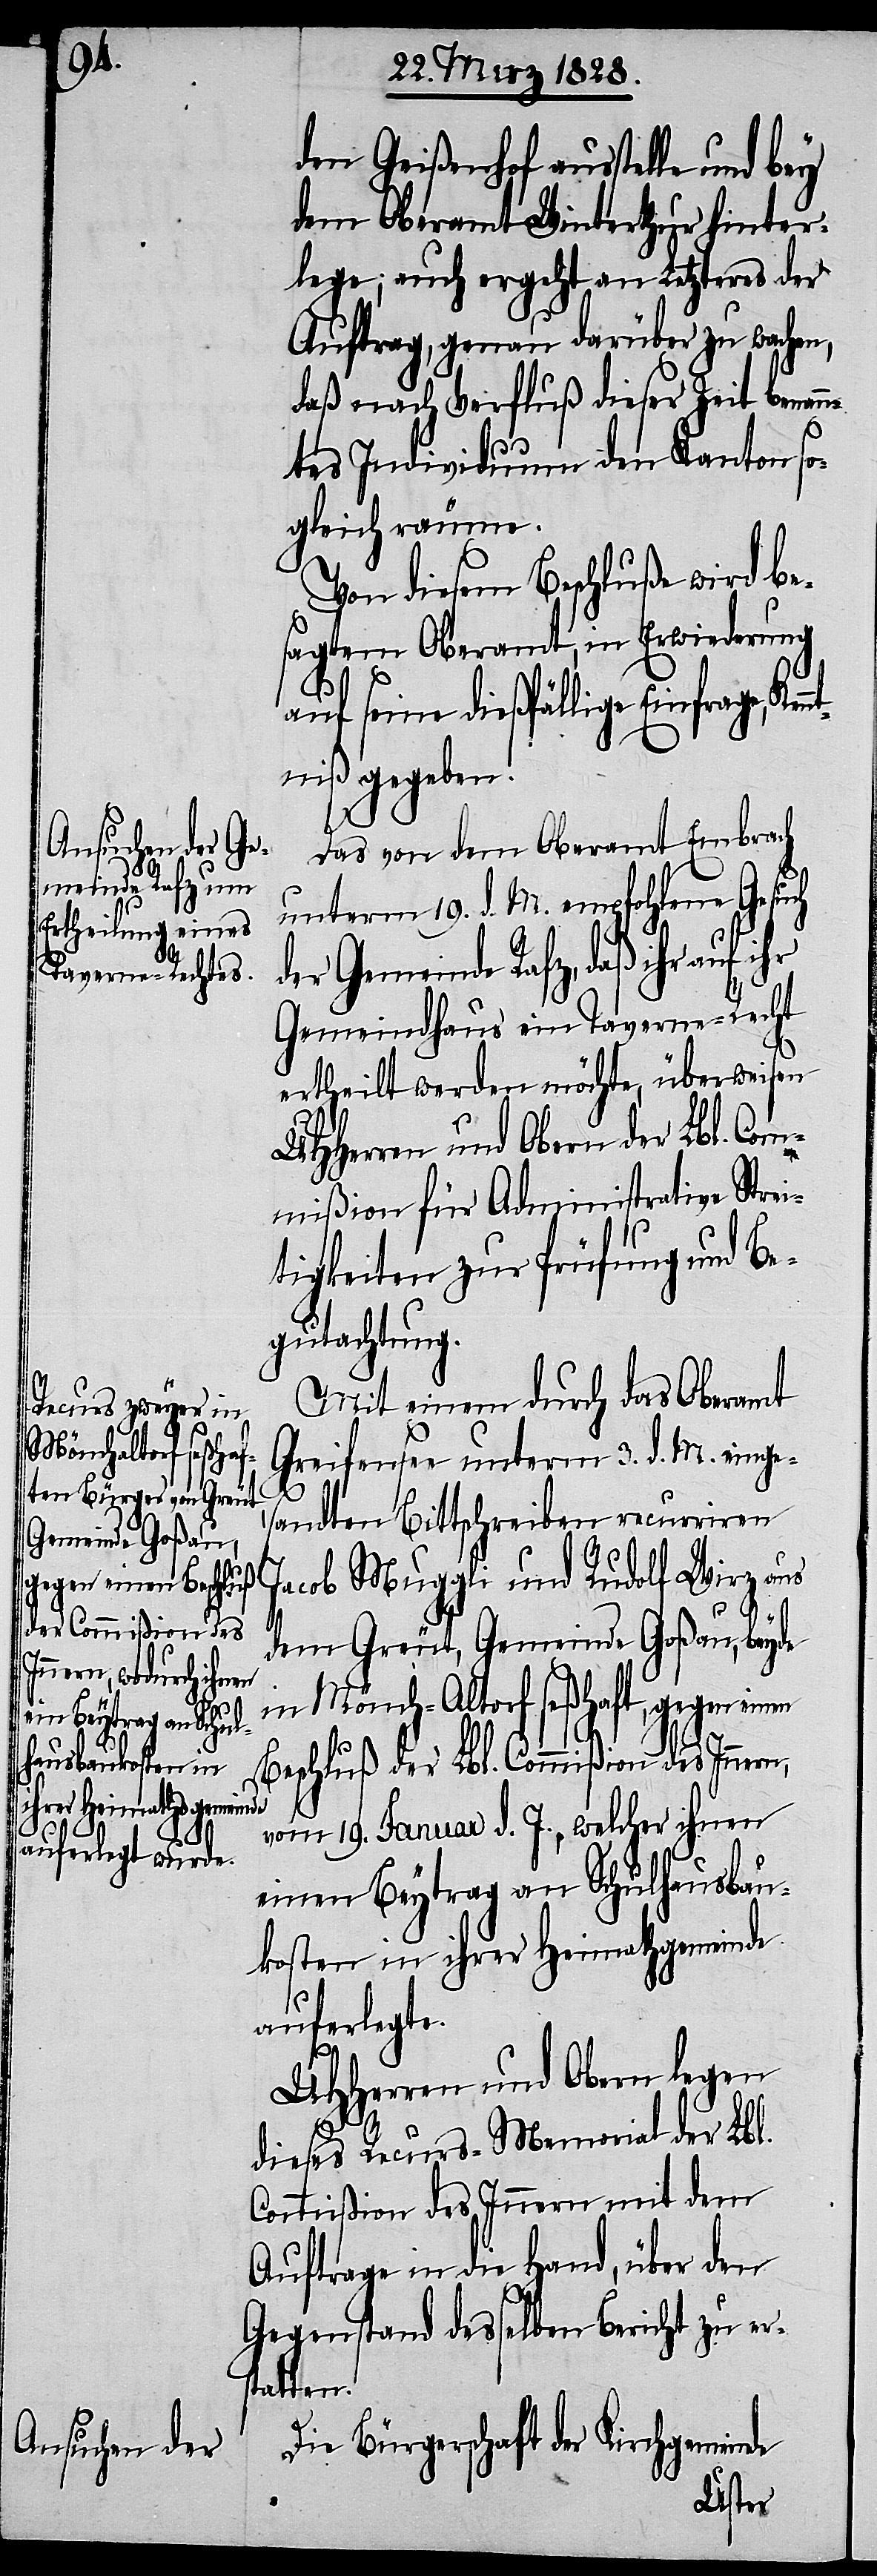
nnt¬
den Geißenhof ausstelle und bey
dem Oberamt Winterthur hinter¬
lege; auch ergeht an Letzteres der
Auftrag, genau darüber zu wachen,
daß nach Verfluß dieser Zeit benann¬
tes Individuum den Kanton so¬
gleich räume.
Von diesem Beschluße wird be¬
sagtem Oberamt, in Erwiederung
auf seine dießfällige Einfrage, Ke¬
niß gegeben.
Das von dem Oberamt Embrach
unterm 19. d. M. empfohlene Gesuch
der Gemeinde Rafz, daß ihr
Gemeindhaus ein Taverne-Recht
ertheilt werden möchte, überweisen
UHHerren und Obern der Lbl. Com¬
mißion für Administrative Strei¬
tigkeiten zur Prüfung und Be¬
gutachtung.
Mit einem durch das Oberamt
Greifensee unterm 3. d. M. einge¬
sandten Bittschreiben recurieren
dem Greut, Gemeinde Goßau, beyde
in Mönch-Altorf seßhaft, gegen einen
Beschluß der Lbl. Commißion des Innern,
vom 19. Januar d. J., welcher ihnen
einen Beytrag an Schulhausbau¬
kosten in ihrer Heimathgemeinde
auferlegte.
UHHerren und Obern legen
dieses Recurs-Memorial der Lbl.
Commißion des Innern mit dem
Auftrage in die Hand, über den
Gegenstand desselben Bericht zu ers¬
tatten.
Die Bürgerschaft der Kirchgemeinde